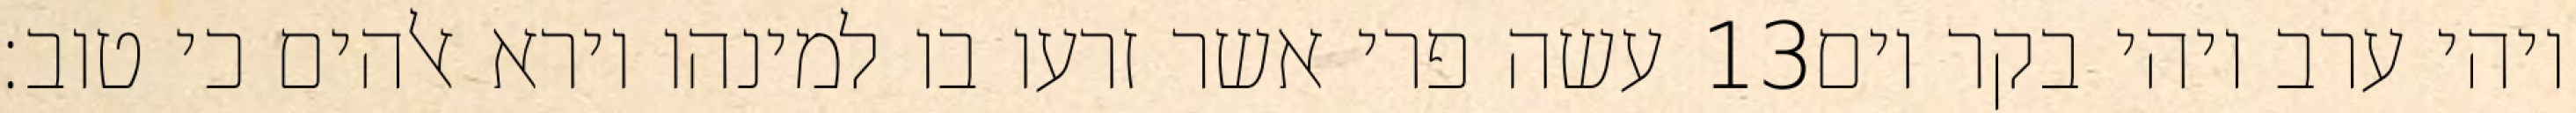
עשה פרי אשר זרעו בו למינהו וירא אלהים כי טוב׃ ‎13‏ ויהי ערב ויהי בקר יום